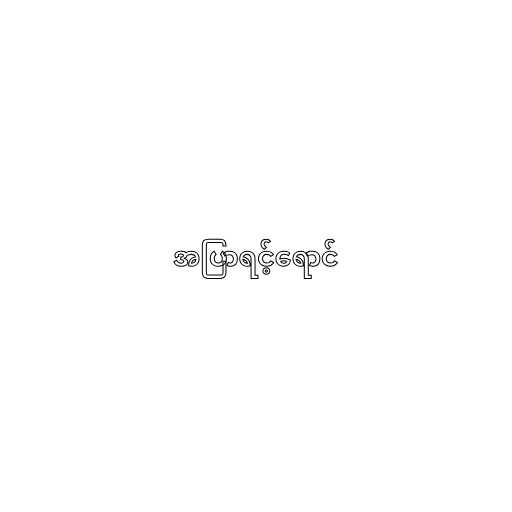
အပြာရင့်ရောင်